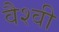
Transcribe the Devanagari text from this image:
वैश्वी